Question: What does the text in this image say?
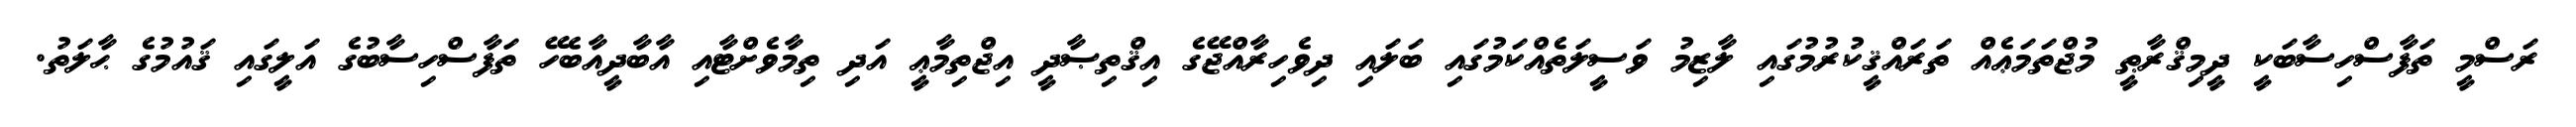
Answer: ރަސްމީ ތަފާސްހިސާބަކީ ދީމިޤްރާޠީ މުޖްތަމަޢެއް ތަރައްޤީކުރުމުގައި ލާޒިމު ވަސީލަތެއްކަމުގައި ބަލައި ދިވެހިރާއްޖޭގެ އިޤްތިޞާދީ އިޖްތިމާޢީ އަދި ތިމާވެށްޓާއި އާބާދީއާބެހޭ ތަފާސްހިސާބުގެ އަލީގައި ޤައުމުގެ ޙާލަތު.